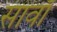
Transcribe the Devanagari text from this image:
सावाँ